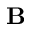
\textbf { B }